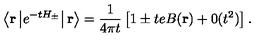
\left\langle { \bf r } \left| e ^ { - t H _ { \pm } } \right| { \bf r } \right\rangle = \displaystyle \frac { 1 } { 4 \pi t } \left[ 1 \pm t e B ( { \bf r } ) + 0 ( t ^ { 2 } ) \right] .